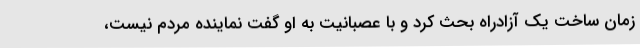
زمان ساخت یک آزادراه بحث کرد و با عصبانیت به او گفت نماینده مردم نیست،